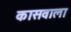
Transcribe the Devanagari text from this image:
कासवाला